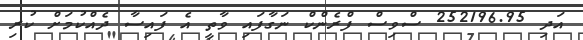
އަދި 252196.95 ސްވިސް ފްރެންކް ނަގާފައި ވާތީ އެ ފައިސާ ދެއްކުމަށް ކުރި